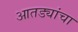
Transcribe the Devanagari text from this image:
आतड्यांचा